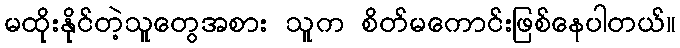
မထိုးနိုင်တဲ့သူတွေအစား သူက စိတ်မကောင်းဖြစ်နေပါတယ်။